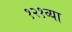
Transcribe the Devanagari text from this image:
१२१व्या